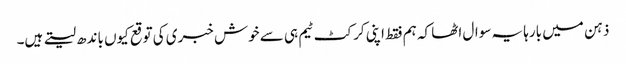
ذہن میں بارہا یہ سوال اٹھا کہ ہم فقط اپنی کرکٹ ٹیم ہی سے خوش خبری کی توقع کیوں باندھ لیتے ہیں۔